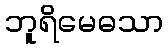
ဘူရိမေဓသာ